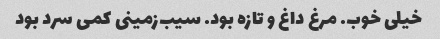
خیلی خوب. مرغ داغ و تازه بود. سیب‌زمینی کمی سرد بود